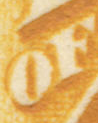
OF